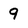
Character: 9